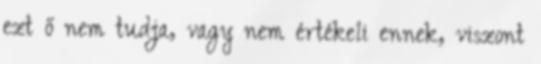
ezt ő nem tudja, vagy nem értékeli ennek, viszont